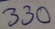
Text: 330